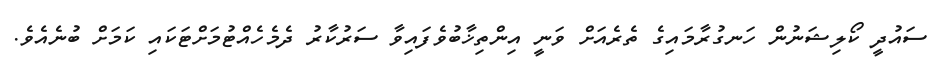
ސައުދީ ކޯލިޝަނުން ހަނގުރާމައިގެ ތެރެއަށް ވަނީ އިންތިޚާބުވެފައިވާ ސަރުކާރު ދެމެހެއްޓުމަށްޓަކައި ކަމަށް ބުނެއެވެ.